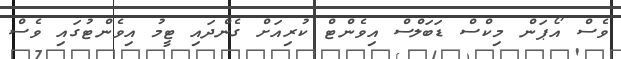
ވެސް އޯޕަން މިކްސް ޑަބަލްސް އިވެންޓް ކުރިއަށް ގެންދައި ޓީމު އިވެންޓުގައި ވެސް